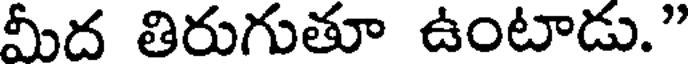
మీద తిరుగుతూ ఉంటాడు."